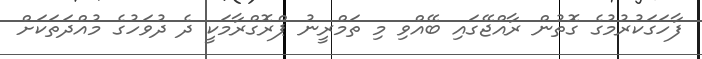
ފާހަގަކުރުމުގެ ގޮތުން ރާއްޖޭގައި ބޭއްވި މި ތަމްރީނު ޕްރޮގްރާމަކީ ދެ ދުވަހުގެ މުއްދަތަކަށް